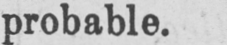
probable.